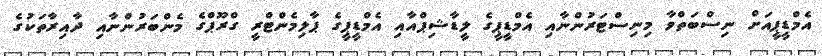
އެމްޑީޕީއަށް ނިސްބަތްވާ މިނިސްޓަރުންނާއި އެމްޑީޕީގެ ލީޑާޝިޕްއާއި އެމްޑީޕީގެ ޕާލިމެންޓްރީ ގްރޫޕްގެ މެންބަރުންނާއި ދާއިރާތަކުގެ